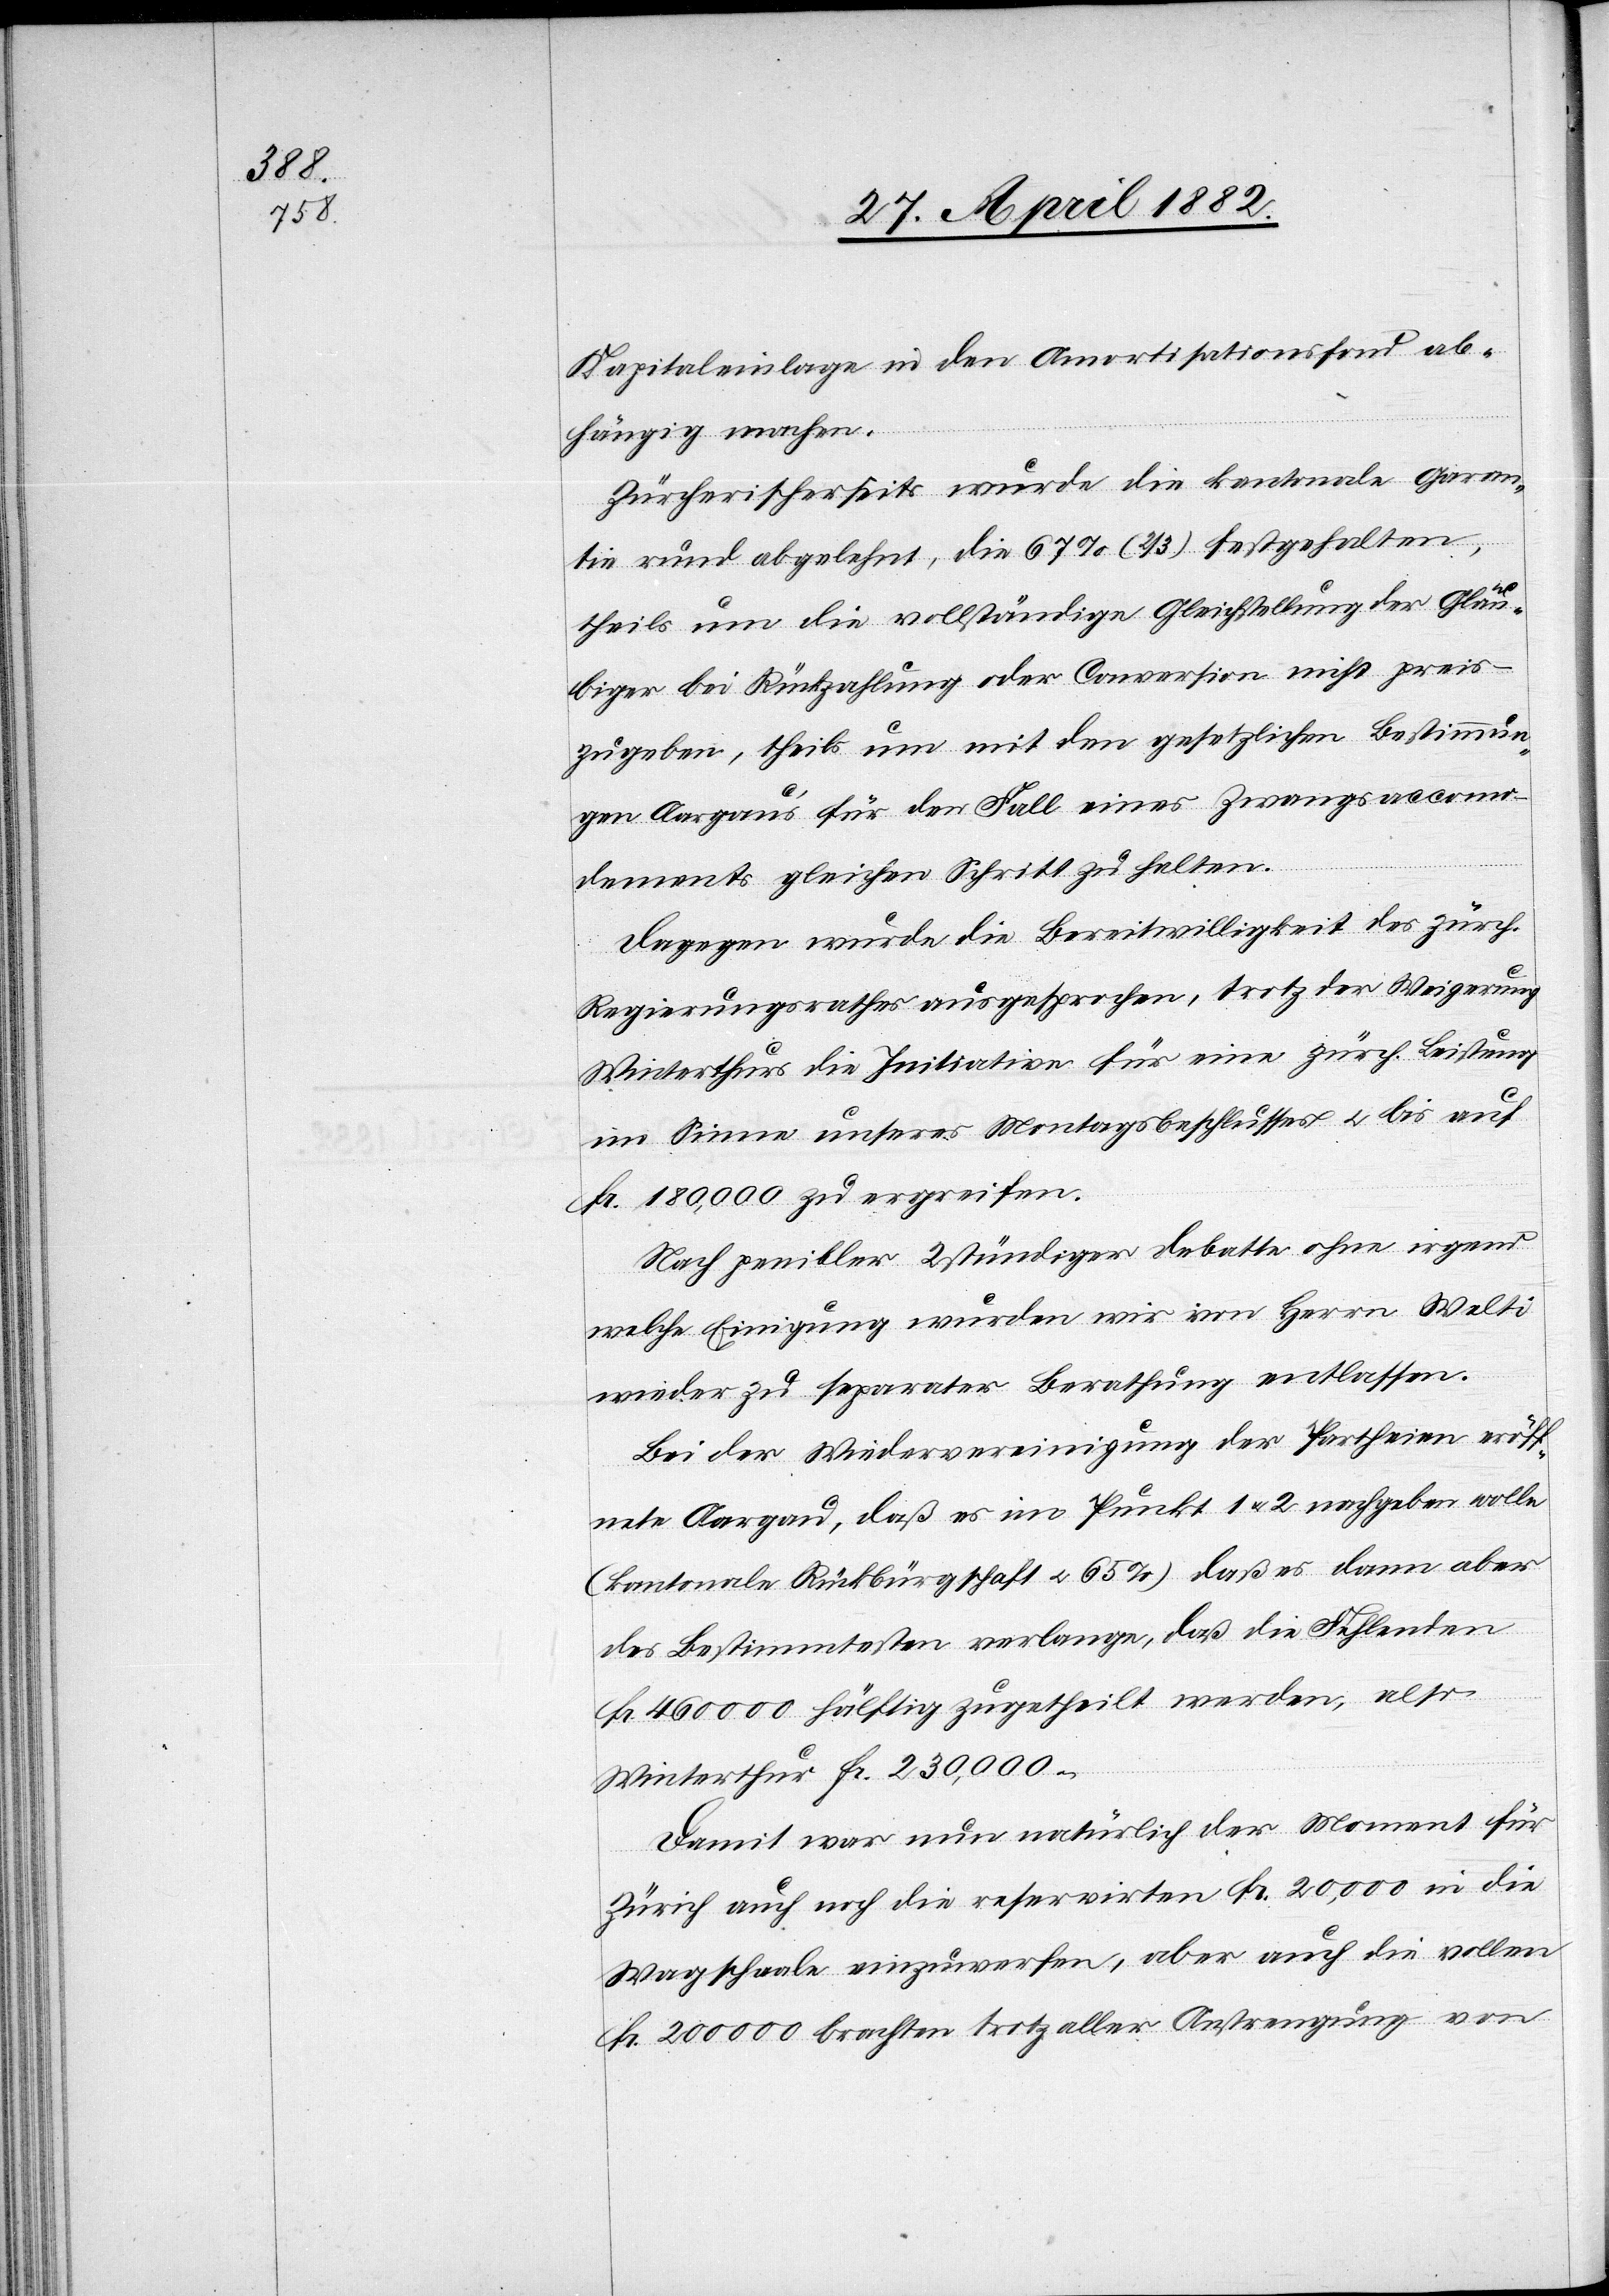
Kapitaleinlage in den Amortisationsfond ab¬
hängig machen.
Zürcherischerseits wurde die kantonale Garan¬
tie rund abgelehnt, die 67% (2/3) festgehalten,
theils um die vollständige Gleichstellung der Gläu¬
biger bei Rückzahlung oder Conversion nicht preis¬
zugeben, theils um mit den gesetzlichen Bestimmun¬
gen Aargaus für den Fall eines Zwangsaccomo¬
dements gleichen Schritt zu halten.
Dagegen wurde die Bereitwilligkeit des zürch.
Regierungsrathes ausgesprochen, trotz der Weigerung
Winterthurs die Initiation für eine zürch. Leistung
im Sinne unseres Montagsbeschlusses u. bis auf
Fr. 180,000 zu ergreifen.
Nach penibler 2stündiger Debatte ohne irgend
welche Einigung wurden wir von Herrn Welti
wieder zu separater Berathung entlassen.
Bei der Wiedervereinigung der Partheien eröff¬
nete Aargau, daß es im Punkt 1 u. 2 nachgeben wolle
(kantonale Rückbürgschaft u. 65%)[,] daß es dann aber
des Bestimmtesten verlange, daß die Fehlenden
Fr. 460 000 hälftig zugetheilt werden, also
Winterthur Fr. 230,000.
Damit war nun natürlich der Moment für
Zürich auch noch die reservirten Fr. 20,000 in die
Wagschaale einzuwerfen, auch die vollen Fr,
200 000 brachten trotz aller Anstrengung von